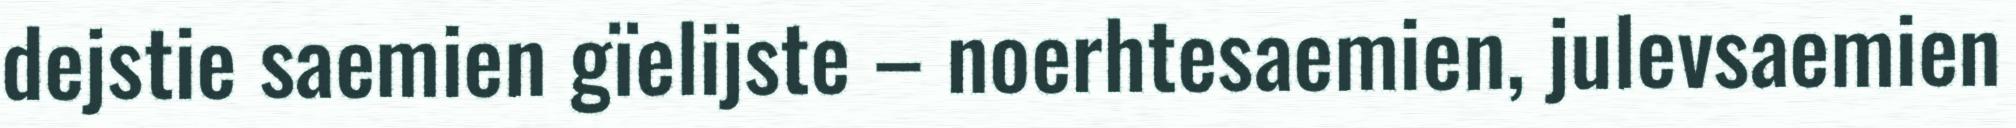
dejstie saemien gïelijste – noerhtesaemien, julevsaemien